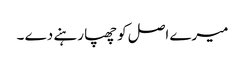
میرے اصل کو چھپا رہنے دے ۔